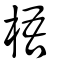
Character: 梧